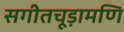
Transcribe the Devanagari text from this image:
सगीतचूड़ामणि